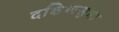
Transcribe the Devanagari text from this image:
दक्षिणसुभा